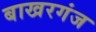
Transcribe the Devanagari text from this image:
बाखरगंज